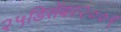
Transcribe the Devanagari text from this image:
२५डिसेंबर२००९